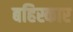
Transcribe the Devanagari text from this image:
बहिस्कार